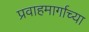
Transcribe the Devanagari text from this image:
प्रवाहमार्गाच्या